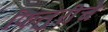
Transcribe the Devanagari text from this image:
फितुरीचे